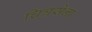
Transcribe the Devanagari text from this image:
चित्रसेना